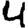
Digit: 4